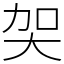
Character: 㚙